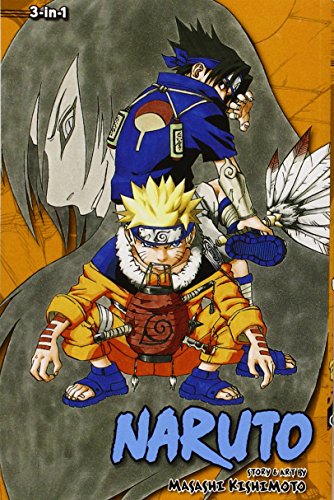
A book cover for Naruto (3-in-1 Edition), Vol. 3: Includes vols. 7, 8 & 9; Masashi Kishimoto; Teen & Young Adult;